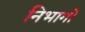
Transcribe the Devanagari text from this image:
निभागों